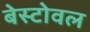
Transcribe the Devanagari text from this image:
बेस्टोवल